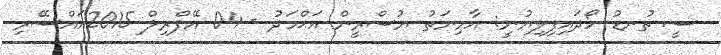
ސީ ތުނޑު ހޯދައިފިލިޔުނީ: އާމިނަތު ޔުސްރީން އަޙްމަދު - 04 އޭޕްރިލް 2015އައްސޭރި